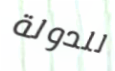
للدولة